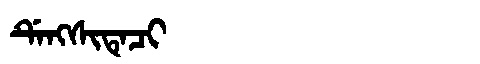
Manchu: ᡩᡝᠩᠰᡳᡨᡝᠴᡳ
Romanization: DENGSITECI